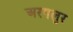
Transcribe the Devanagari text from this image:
अरगलुर